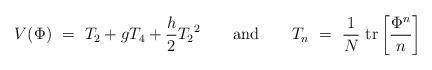
LaTeX: \begin{align*}V(\Phi)\ =\ T_2 + g T_4 + {h \over 2} {T_2}^2\qquad\makebox{and}\qquad T_n\ =\ {1\over N}\ \makebox{tr} \left[ {\Phi^n \over n} \right]\end{align*}